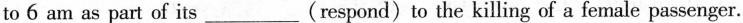
to 6 am as part of its___(respond)to the killing of a female passenger.